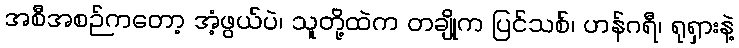
အစီအစဉ်ကတော့ အံ့ဖွယ်ပဲ၊ သူတို့ထဲက တချို့က ပြင်သစ်၊ ဟန်ဂရီ၊ ရုရှားနဲ့